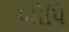
બીપિ